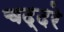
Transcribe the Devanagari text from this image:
चद्दरे